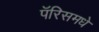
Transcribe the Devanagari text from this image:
पॅरिसमधे